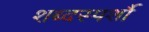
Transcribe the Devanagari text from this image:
शब्दस्पर्शौ